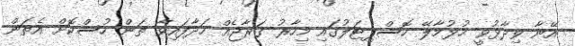
އޭނާ ވިދާޅުވީ ހުޅުމާލޭ ހޮސްޕިޓަލުގައި މިހާރު ގަރާޖެއް ހަދާފައިވާ ތަން ހުސްކޮށް އެތަން